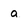
Character: a